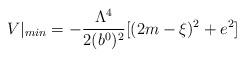
LaTeX: \begin{align*}V|_{min}=-{\Lambda^4\over 2(b^0)^2}[(2m-\xi)^2 +e^2]\end{align*}